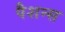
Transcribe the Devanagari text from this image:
पैशन्स